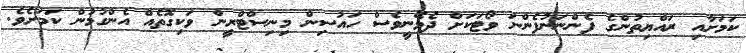
ކަމަށާއި ރައްޔިތުންގެ ފެންނަނުފެންނަ ވޯޓަކަށް ދެވޭނީވެސް ހައުސިން މިނިސްޓްރީން ވަކިގޮތެއް އެންގުމުން ކަމަށެވެ.